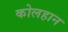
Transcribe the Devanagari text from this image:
कोलहान